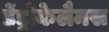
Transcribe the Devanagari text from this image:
डेंड्रोकेलैमस